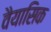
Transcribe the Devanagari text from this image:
वैयासिक